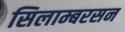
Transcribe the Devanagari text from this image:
सिलाम्बरसन